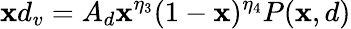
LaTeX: \mathbf{x}d_{v}=A_{d}\mathbf{x}^{\eta_{3}}(1-\mathbf{x})^{\eta_{4}}P(\mathbf{x},d)